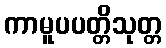
ကာမူပပတ္တိသုတ္တ